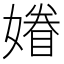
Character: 𡡀